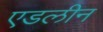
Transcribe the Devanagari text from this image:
एडलीन